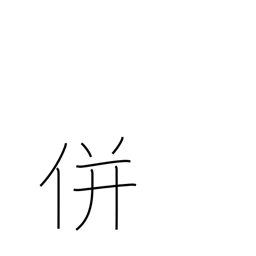
Meaning: unite